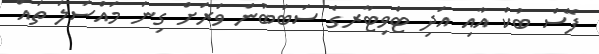
ފޭސް ބުކް އާއި އަދި ޓްވިޓާރގެ ސަބަބުން ވަރަށް ގިނަ މައްސަލަ ތައް